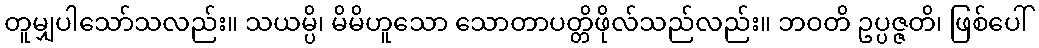
တူမျှပါသော်သလည်း။ သယမ္ပိ၊ မိမိဟူသော သောတာပတ္တိဖိုလ်သည်လည်း။ ဘဝတိ ဥပ္ပဇ္ဇတိ၊ ဖြစ်ပေါ်